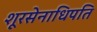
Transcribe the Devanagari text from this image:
शूरसेनाधिपति